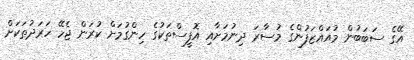
އޭގެ ސަބަބުން މުއައްޒަފުންގެ މުސާރަ ދިނުމަށާއި އޮފީސްތަކުގެ ހިންގުމަށް ކުރަން ޖެހޭ ހަރަދުތަކަށް